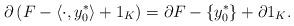
LaTeX: \begin{align*} \partial \left(F - \langle \cdot, y_0^* \rangle + 1_K\right) = \partial F - \{y_0^*\} + \partial 1_K.\end{align*}